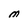
Character: M